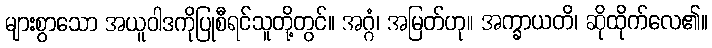
များစွာသော အယူဝါဒကိုပြုစီရင်သူတို့တွင်။ အဂ္ဂံ၊ အမြတ်ဟု။ အက္ခာယတိ၊ ဆိုထိုက်လေ၏။